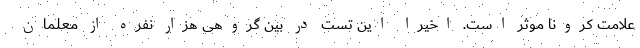
علامت کرونا موثر است. اخیرا این تست در بین گروهی هزار نفره از معلمان